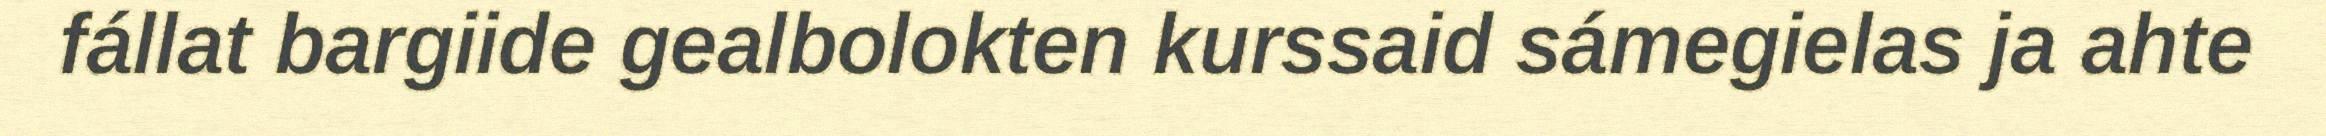
fállat bargiide gealbolokten kurssaid sámegielas ja ahte